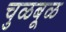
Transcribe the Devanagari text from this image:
चुळबूळ